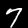
Label: 7